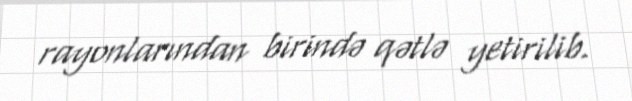
rayonlarından birində qətlə yetirilib.